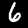
Digit: 6